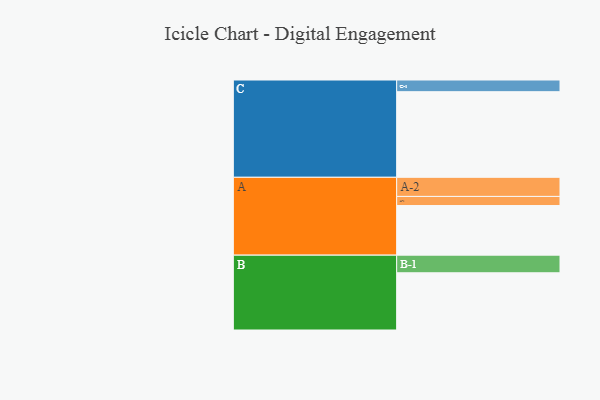
{"axis": {"x": "Segment", "y": "Value"}, "legend": ["", "A", "B", "C"], "data": [{"x": "A", "y": 327, "type": ""}, {"x": "B", "y": 377, "type": ""}, {"x": "C", "y": 564, "type": ""}, {"x": "A-1", "y": 60, "type": "A"}, {"x": "A-2", "y": 126, "type": "A"}, {"x": "B-1", "y": 116, "type": "B"}, {"x": "C-1", "y": 77, "type": "C"}]}